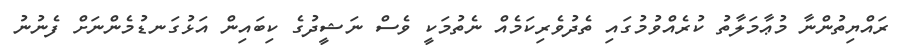
ރައްޔިތުންނާ މުޢާމަލާތު ކުރެއްވުމުގައި ތެދުވެރިކަމެއް ނެތުމަކީ ވެސް ނަޝީދުގެ ކިބައިން އަޅުގަނޑުމެންނަށް ފެނުނު